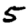
Digit: 5